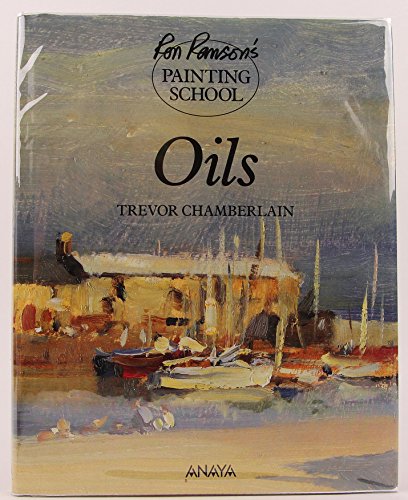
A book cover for Oils (Ron Ranson's Painting School); Trevor Chamberlain; Arts & Photography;